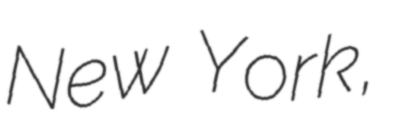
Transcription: New York,